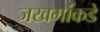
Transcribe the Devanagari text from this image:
जखमांकडे